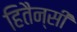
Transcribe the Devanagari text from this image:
हितैन्सी